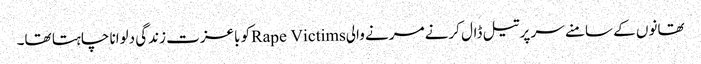
تھانوں کے سامنے سر پر تیل ڈال کرنے مرنے والیRape Victimsکو باعزت زندگی دلوانا چاہتا تھا۔